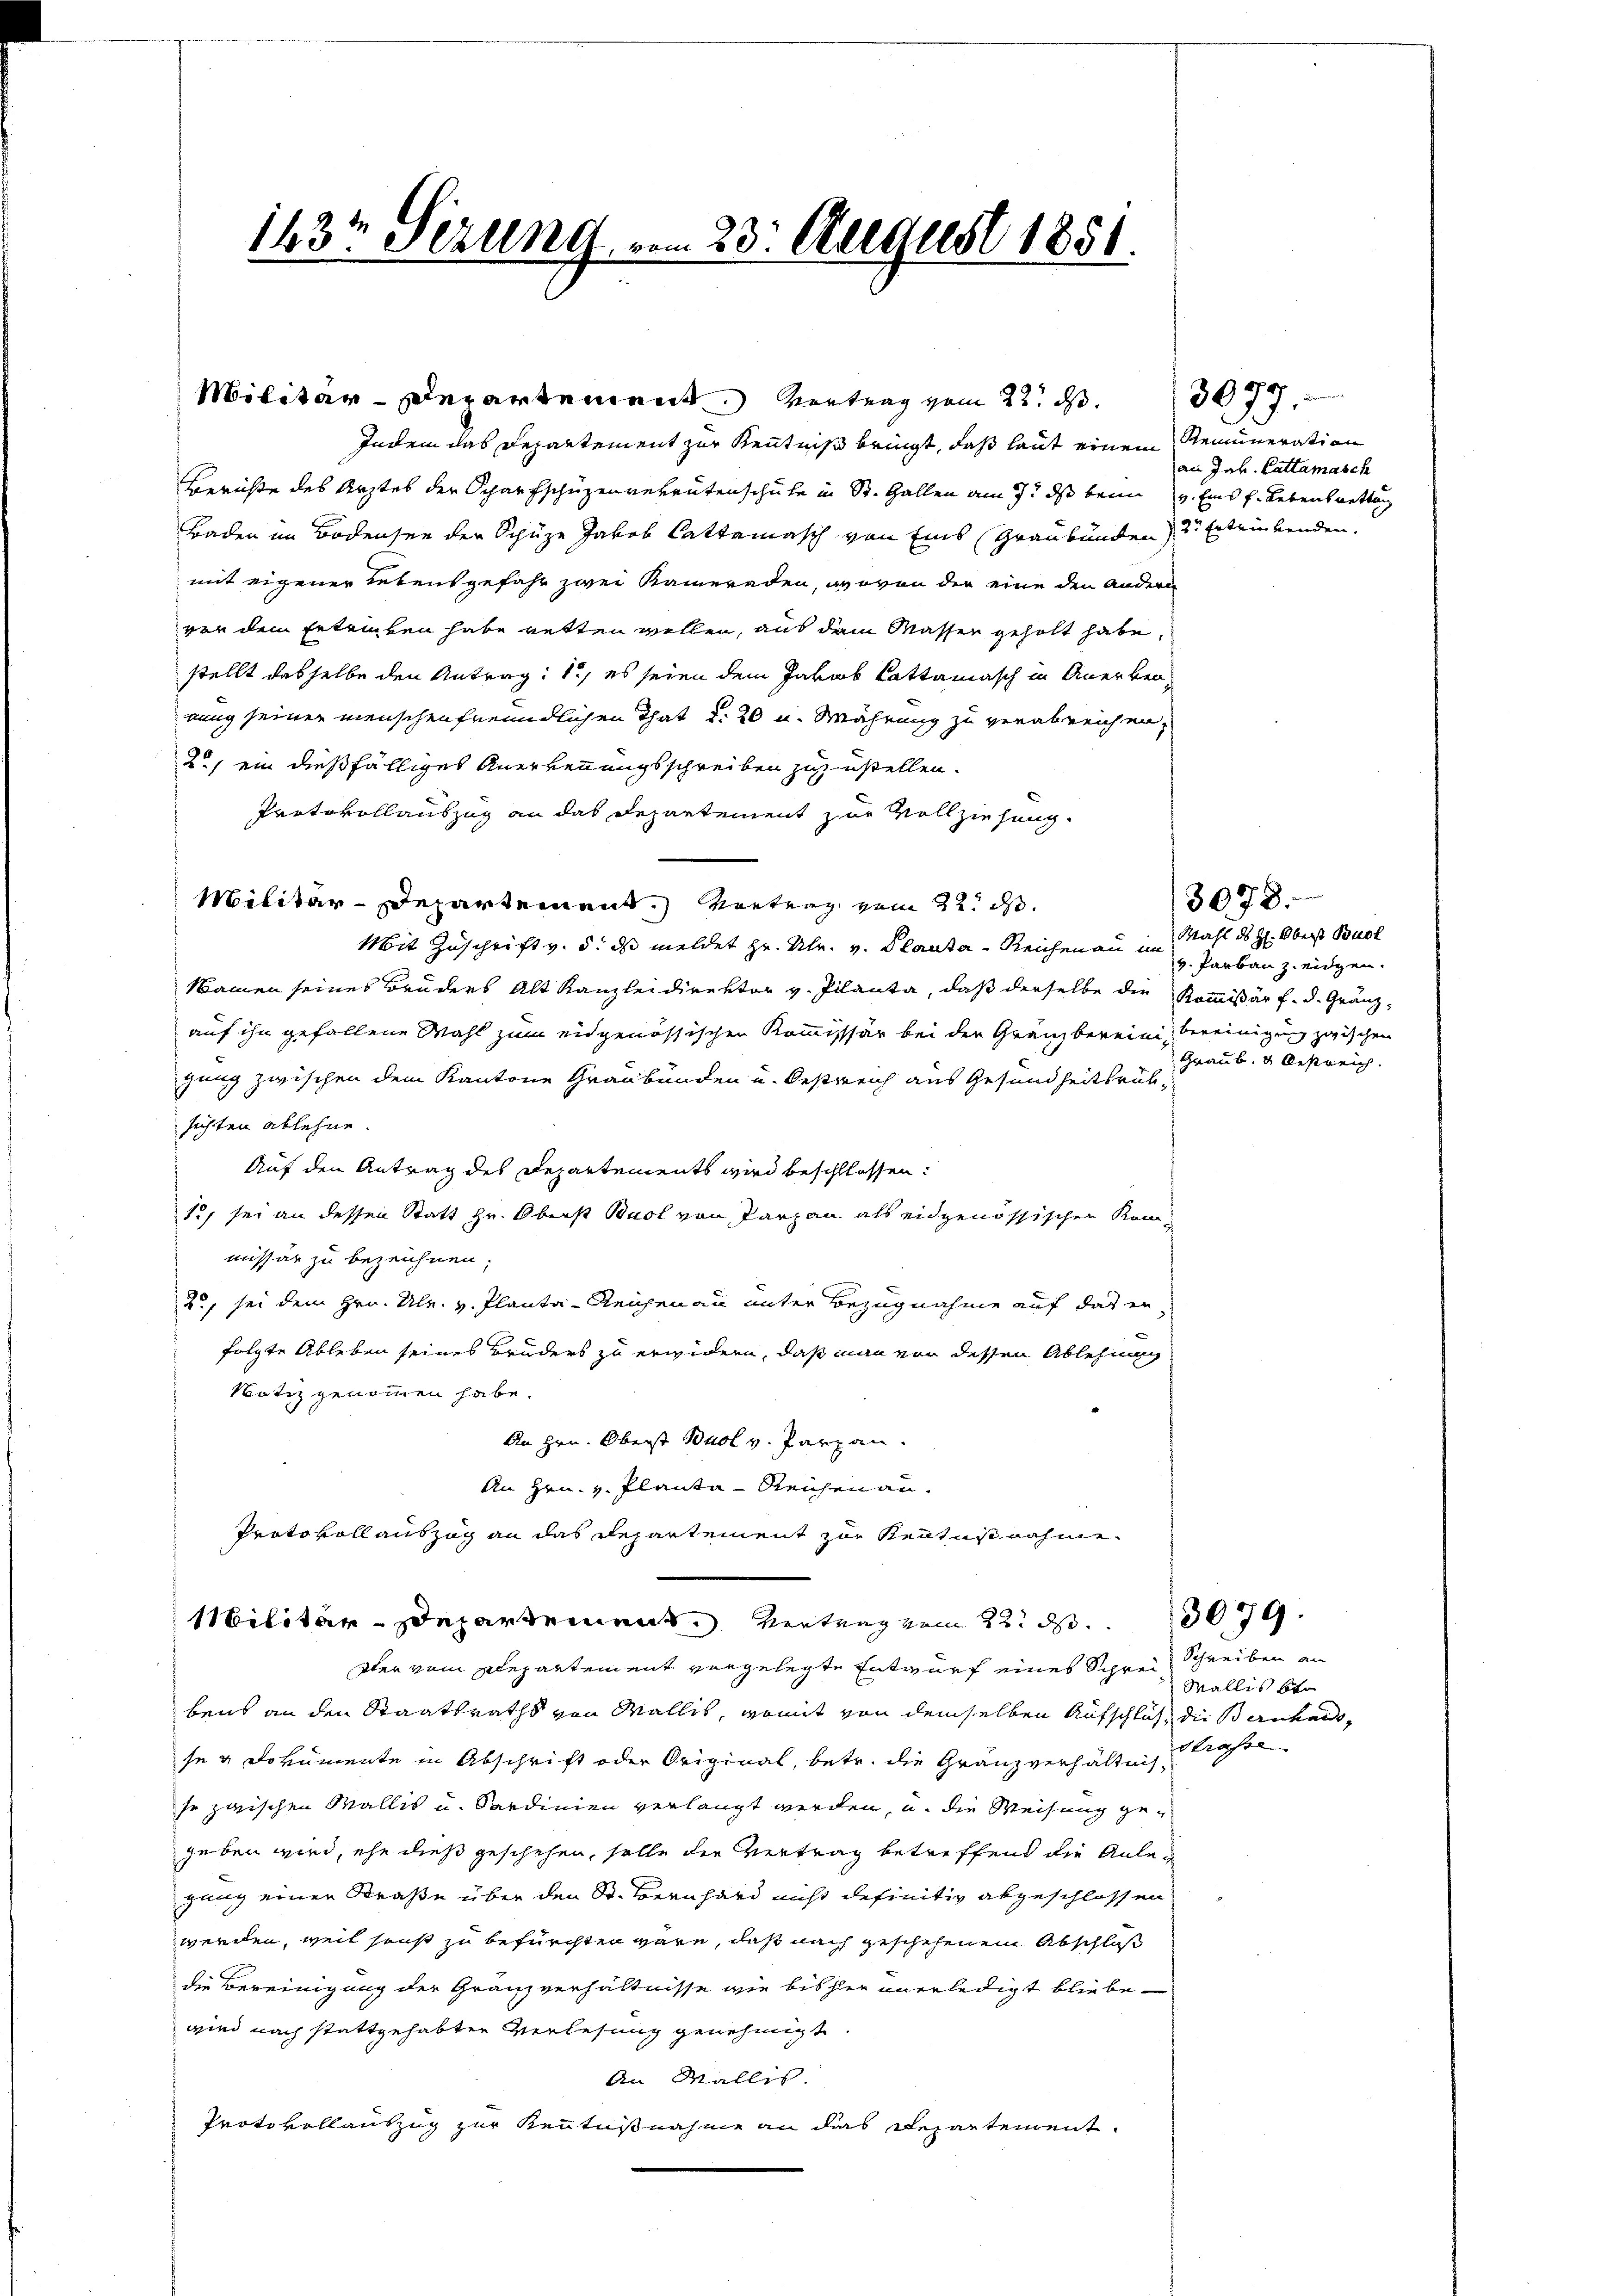
143t Sezung, vom 23. August 1851.

Indem das Departement zur Kenntniß bringt, daß laut einem Remuneration
Berichte des Arztes der Scharfschüzenverrutenschule in St. Gallen am 7. ds beim v. Eins s. Lebenswettung
Baden im Bodensee der Schüze Jakob Cattamasch von Eins (Graubünden Entriebenden.
mit eigener Lebensgefahr zwei Kameraden, wovon der eine den Andere
vor dem Ertrinken habe retten wollen, aus dem Masser geholt habe,
stellt dasselbe den Antrag: 1., es seien dem Jakob Cattamasch in Anerben-
nung seiner menschenfreundlichen That d. 20 u. Währung zu verabreichen,
2.) ein dießfälliges Anerkennungsschreiben zuzustellen.
Protokollauszug an das Departement zur Vollziehung.
Militär-Departement. Vortrag vom 22. d.
Mit Zuschrift v. 5. ds meldet zr. Ulr. v. Planta - Reichenau in Mahl des H: Oberst Buch
Namen seines Bruders Alt Kanzleidirektor v. Planta, daß derselbe die Kommißär f. d. Gränzauf ihn gefallene Wahl zum eidgenössischen Kommissär bei der Gränzberein bereinigung zwischen
gung zwischen dem Kantone Graubünden u. Oestreich aus Gesundheitsrühsichten ablehne.
Auf den Antrag des Departements wird beschlossen:
12, sei an dessen Statt Hr. Oberst Buol von Tarzan als eidgenössischen Kommissär zu bezeichnen;
2, sei dem Hrn. Ulr. v. Planta-Reichenau unter Bezugnahme auf das er
folgte Ableben seines Bruders zu erwidern, daß man von dessen Ablehnung
Notiz genommen habe.
An Hrn. Oberst Buol v. Parzen.
An Hrn. v. Planta - Reichenau¬
Protokoll auszug an das Departement zur Kenntnisnahme.

Militär-Departement. Vortrag vom 22. d. 3077.

Militär-Departement. Vertrag vom 22. ds.

dter vom Departement vergelegte Entwurf eines Schreibens an den Staatsraths von Wallis, womit von demselben Aufschlich, die Bernhardsse & Dokumente in Abschrift oder Original, betr. die Granzverhältnis-
se zwischen Wallis und Sardinien verlangt werden, u. die Weisung gegeben wird, ehe dieß geschehen, solle die Vertrag betreffend die Anlegung einer Straße über den St. Bernhard nicht definitiv abgeschlossen
werden, weil sonst zu befürchten wäre, daß nach geschehenem Abschloß
die Bereinigung der Granzverhältnisse wie bisher unerledigt bliebe
wird nach stattgehabten Verlesung genehmigt.
An Wallis.
Protokollantzug zur Kenntnißnahme an das Repartement

an Jak. Cattamasch

v. Parbau z. eidgen.
Graub. 4. Oestreich.

3078.

3079.

Schreiben an
Wallis bei
Strasse